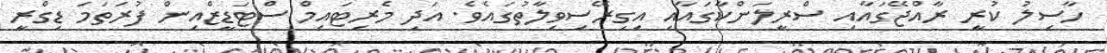
ހާސިލު ކުރީ ރާއްޖޭގައާއި ސްރީލަންކާގައާއި އިގިރޭސިވިލާތުގައެވެ. އަދި މެރިޓައިމް ސްޓަޑީޒްއިން ފުރަތަމަ ޑިގްރީ